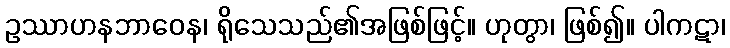
ဥဿာဟနဘာဝေန၊ ရိုသေသည်၏အဖြစ်ဖြင့်။ ဟုတွာ၊ ဖြစ်၍။ ပါကဋာ၊